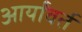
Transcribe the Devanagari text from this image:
आर्यांवर्त